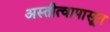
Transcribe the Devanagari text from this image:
अस्तीत्वापासून